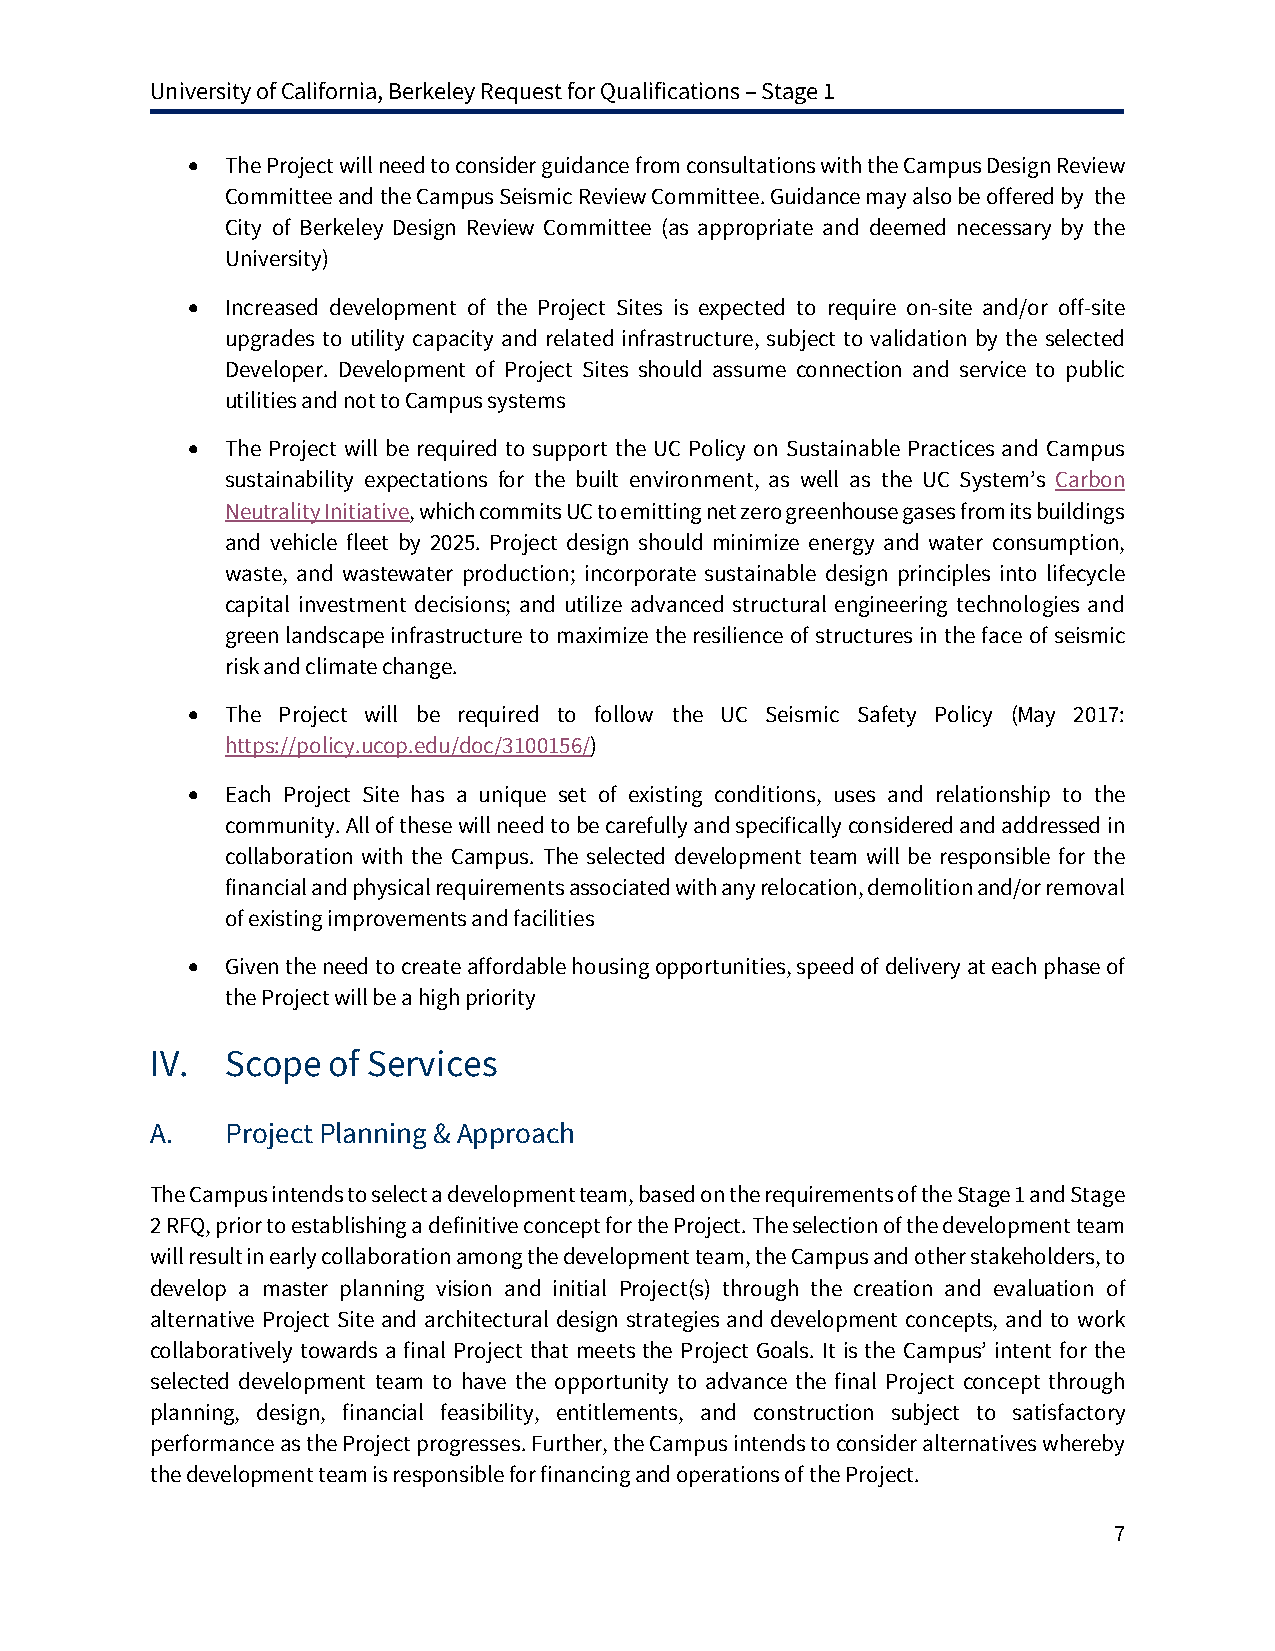
University of California, Berkeley Request for Qualifications – Stage 1
 •  The Project will need to consider guidance from consultations with the Campus Design Review
 Committee and the Campus Seismic Review Committee. Guidance may also be offered by the
 City of Berkeley Design Review Committee (as appropriate and deemed necessary by the
 University)
 •  Increased development of the Project Sites is expected to require on-site and/or off-site
 upgrades to utility capacity and related infrastructure, subject to validation by the selected
 Developer. Development of Project Sites should assume connection and service to public
 utilities and not to Campus systems
 •  The Project will be required to support the UC Policy on Sustainable Practices and Campus
 sustainability expectations for the built environment, as well as the UC System’s Carbon
 Neutrality Initiative, which commits UC to emitting net zero greenhouse gases from its buildings
 and vehicle fleet by 2025. Project design should minimize energy and water consumption,
 waste, and wastewater production; incorporate sustainable design principles into lifecycle
 capital investment decisions; and utilize advanced structural engineering technologies and
 green landscape infrastructure to maximize the resilience of structures in the face of seismic
 risk and climate change.
 •  The Project will be required to follow the UC Seismic Safety Policy (May 2017:
 https://policy.ucop.edu/doc/3100156/)
 •  Each Project Site has a unique set of existing conditions, uses and relationship to the
 community. All of these will need to be carefully and specifically considered and addressed in
 collaboration with the Campus. The selected development team will be responsible for the
 financial and physical requirements associated with any relocation, demolition and/or removal
 of existing improvements and facilities
 •  Given the need to create affordable housing opportunities, speed of delivery at each phase of
 the Project will be a high priority
 IV.  Scope  of Services
 A.   Project Planning & Approach
 The Campus intends to select a development team, based on the requirements of the Stage 1 and Stage
 2 RFQ, prior to establishing a definitive concept for the Project. The selection of the development team
 will result in early collaboration among the development team, the Campus and other stakeholders, to
 develop a master planning vision and initial Project(s) through the creation and evaluation of
 alternative Project Site and architectural design strategies and development concepts, and to work
 collaboratively towards a final Project that meets the Project Goals. It is the Campus’ intent for the
 selected development team to have the opportunity to advance the final Project concept through
 planning, design, financial feasibility, entitlements, and construction subject to satisfactory
 performance as the Project progresses. Further, the Campus intends to consider alternatives whereby
 the development team is responsible for financing and operations of the Project.
 7